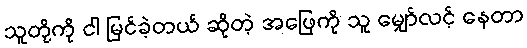
သူတို့ကို ငါ မြင်ခဲ့တယ် ဆိုတဲ့ အဖြေကို သူ မျှော်လင့် နေတာ